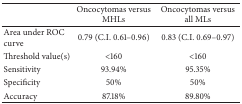
<table><thead><tr><td><b> </b></td><td><b>Oncocytomas versus MHLs</b></td><td><b>Oncocytomas versus all MLs</b></td></tr></thead><tbody><tr><td>Area under ROC curve</td><td>0.79 (C.I. 0.61–0.96)</td><td>0.83 (C.I. 0.69–0.97)</td></tr><tr><td>Threshold value(s)</td><td>&lt;160</td><td>&lt;160</td></tr><tr><td>Sensitivity</td><td>93.94%</td><td>95.35%</td></tr><tr><td>Specificity</td><td>50%</td><td>50%</td></tr><tr><td>Accuracy</td><td>87.18%</td><td>89.80%</td></tr></tbody></table>